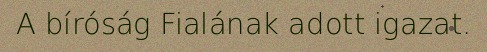
A bíróság Fialának adott igazat.